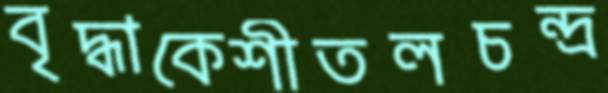
বৃদ্ধাকেশীতলচন্দ্র